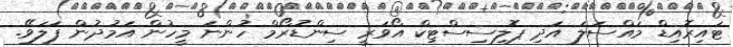
ޓައިރޮއިޑް މައްސަލަ އަދި ޕޮލިސިސްޓިކް އޯވަރީ ސިންޑުރޯމް ހުންނަ މީހުން އަމުދުން ފަލަވޭ.